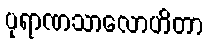
ပုရာဏသာလောဟိတာ